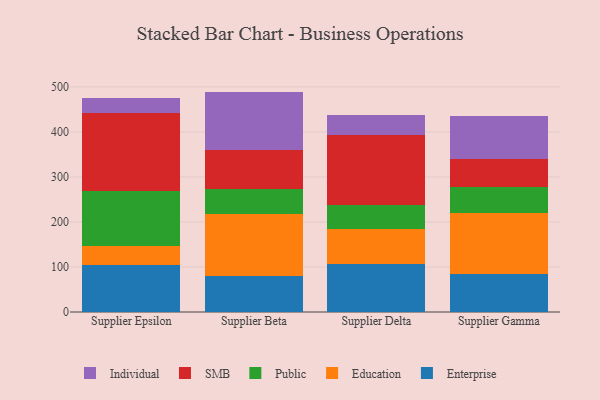
{"axis": {"x": "Supplier", "y": "Latency (ms)"}, "legend": ["Education", "Enterprise", "Individual", "Public", "SMB"], "data": [{"x": "Supplier Epsilon", "y": 105.4, "type": "Enterprise"}, {"x": "Supplier Epsilon", "y": 41.4, "type": "Education"}, {"x": "Supplier Epsilon", "y": 122.9, "type": "Public"}, {"x": "Supplier Epsilon", "y": 173.0, "type": "SMB"}, {"x": "Supplier Epsilon", "y": 32.2, "type": "Individual"}, {"x": "Supplier Beta", "y": 80.9, "type": "Enterprise"}, {"x": "Supplier Beta", "y": 136.3, "type": "Education"}, {"x": "Supplier Beta", "y": 55.6, "type": "Public"}, {"x": "Supplier Beta", "y": 86.2, "type": "SMB"}, {"x": "Supplier Beta", "y": 130.6, "type": "Individual"}, {"x": "Supplier Delta", "y": 107.0, "type": "Enterprise"}, {"x": "Supplier Delta", "y": 76.6, "type": "Education"}, {"x": "Supplier Delta", "y": 53.2, "type": "Public"}, {"x": "Supplier Delta", "y": 155.4, "type": "SMB"}, {"x": "Supplier Delta", "y": 45.8, "type": "Individual"}, {"x": "Supplier Gamma", "y": 84.8, "type": "Enterprise"}, {"x": "Supplier Gamma", "y": 135.5, "type": "Education"}, {"x": "Supplier Gamma", "y": 56.9, "type": "Public"}, {"x": "Supplier Gamma", "y": 62.3, "type": "SMB"}, {"x": "Supplier Gamma", "y": 95.5, "type": "Individual"}]}